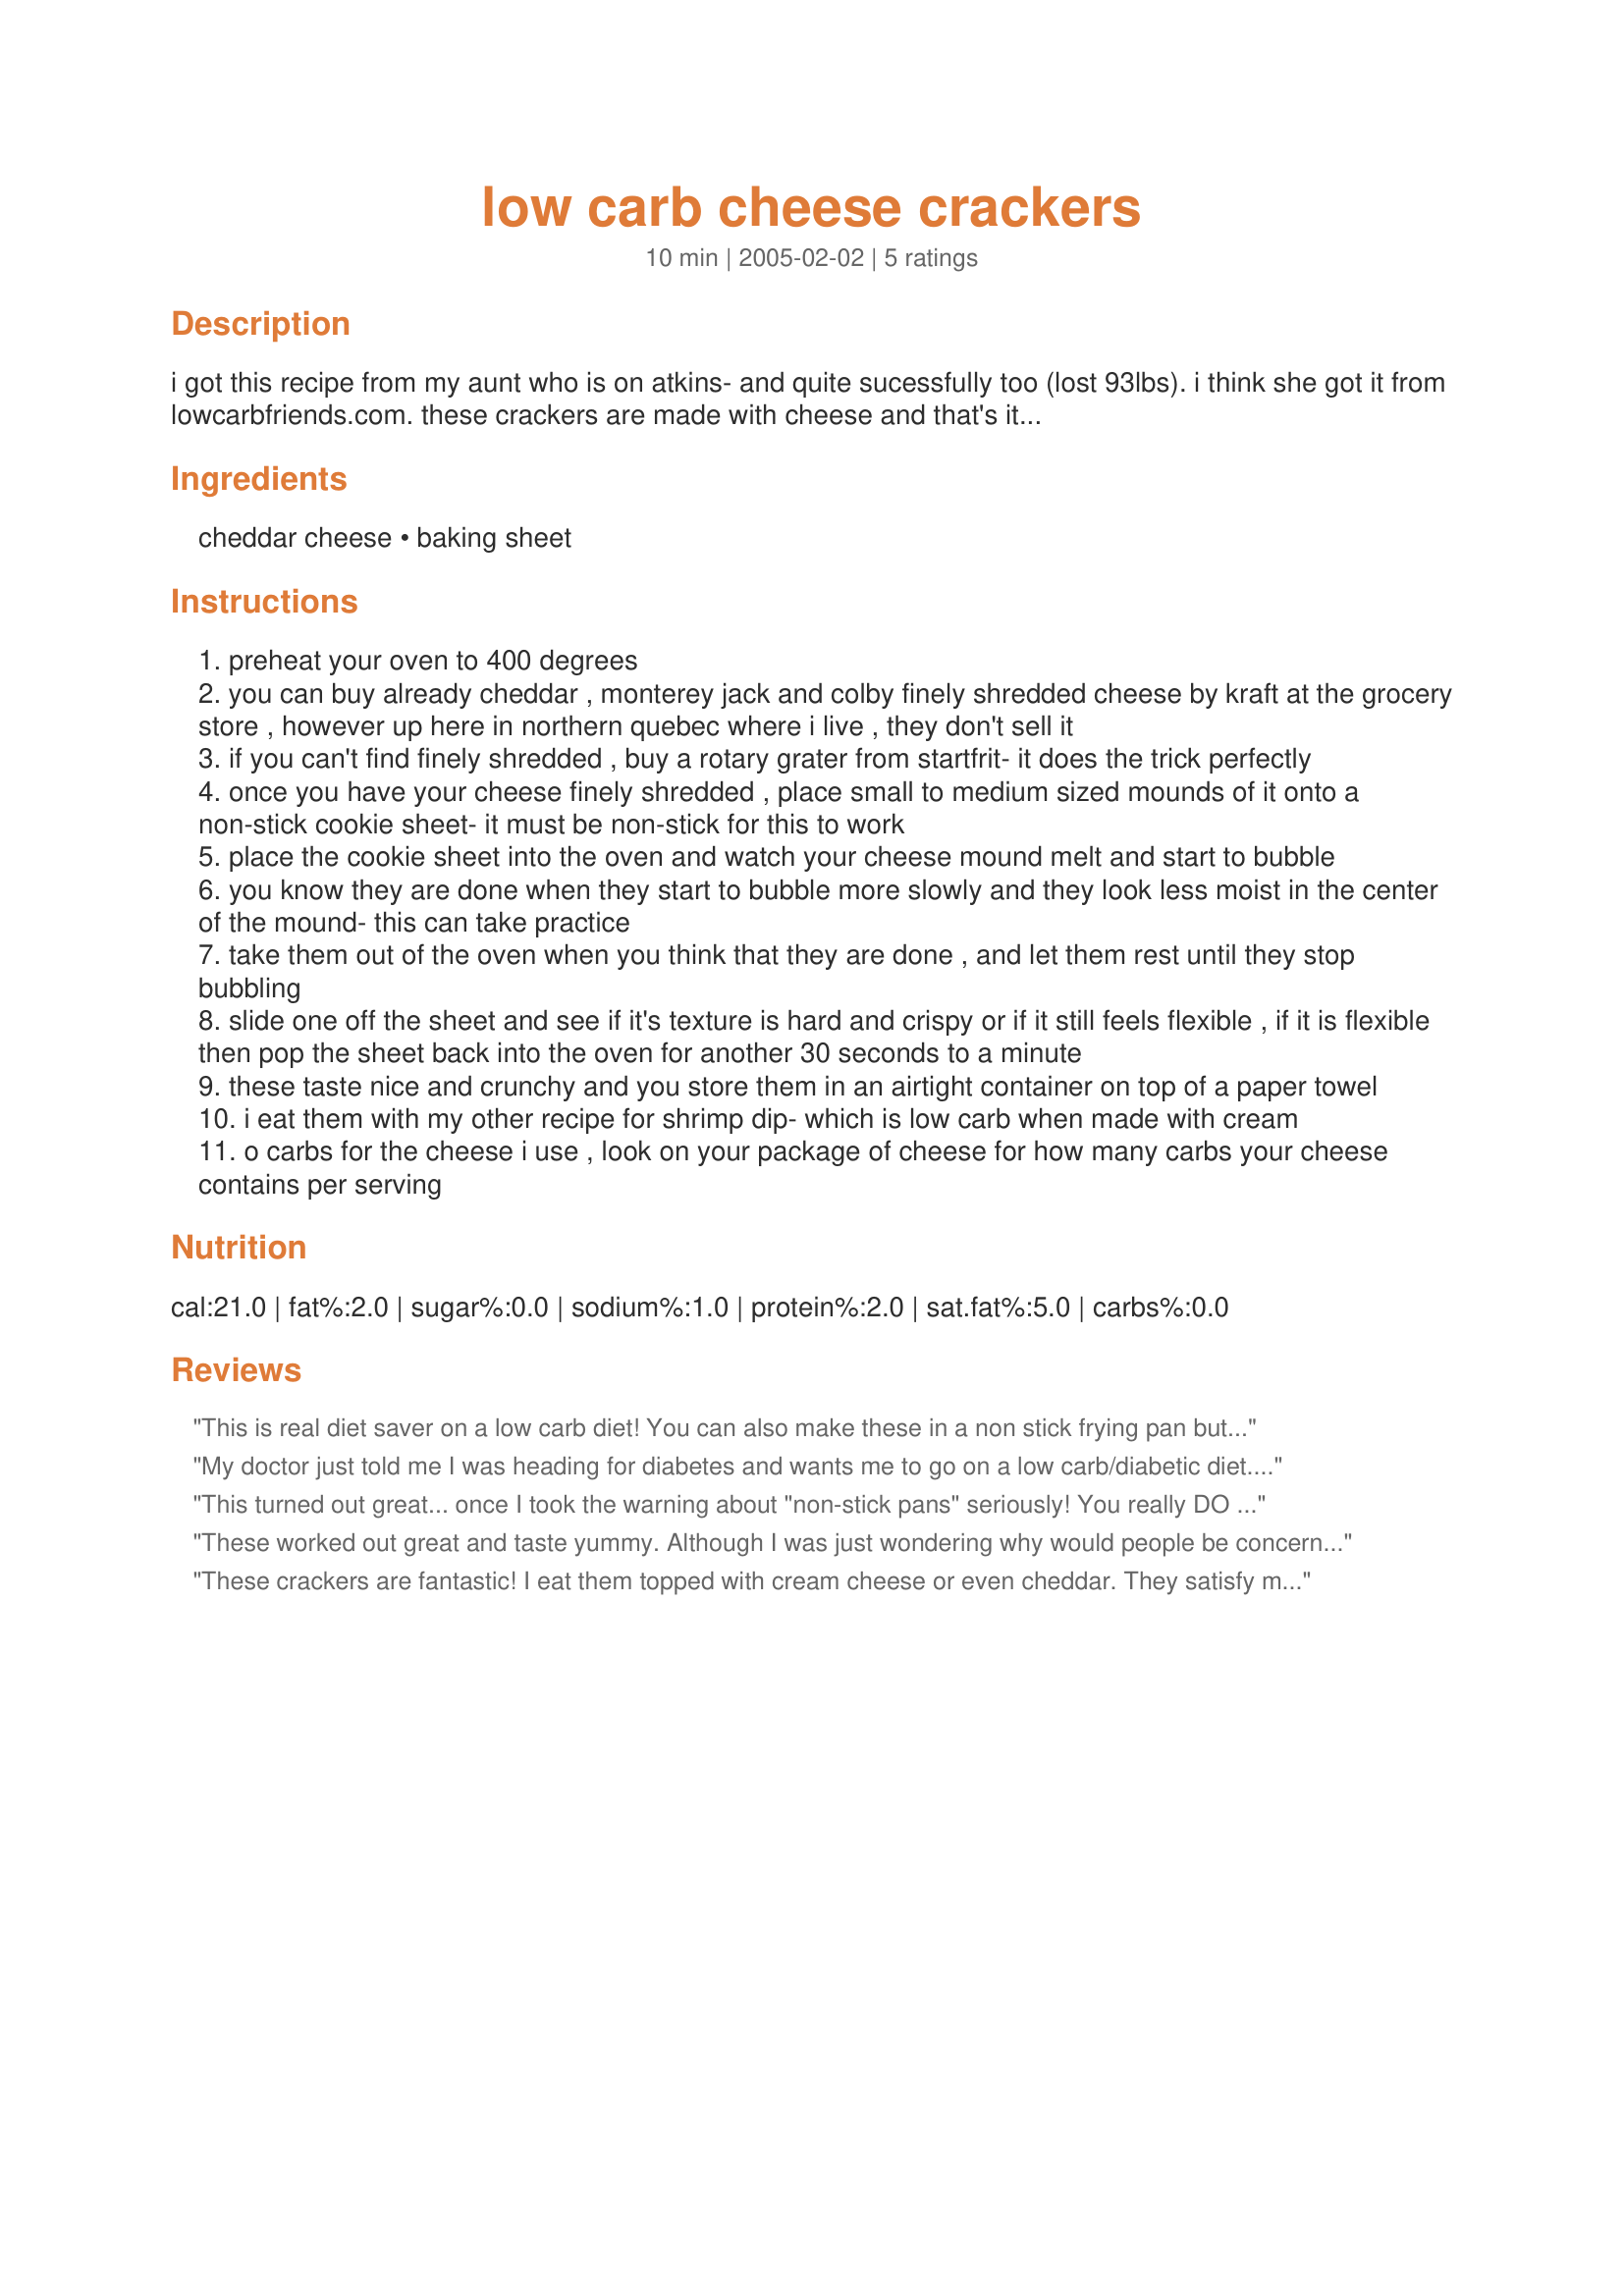
low carb cheese crackers
Preparation time: 10 minutes

i got this recipe from my aunt who is on atkins- and quite sucessfully too (lost 93lbs). i think she got it from lowcarbfriends.com. these crackers are made with cheese and that's it...

Ingredients:
cheddar cheese, baking sheet

Steps:
preheat your oven to 400 degrees
you can buy already cheddar , monterey jack and colby finely shredded cheese by kraft at the grocery store , however up here in northern quebec where i live , they don't sell it
if you can't find finely shredded , buy a rotary grater from startfrit- it does the trick perfectly
once you have your cheese finely shredded , place small to medium sized mounds of it onto a non-stick cookie sheet- it must be non-stick for this to work
place the cookie sheet into the oven and watch your cheese mound melt and start to bubble
you know they are done when they start to bubble more slowly and they look less moist in the center of the mound- this can take practice
take them out of the oven when you think that they are done , and let them rest until they stop bubbling
slide one off the sheet and see if it's texture is hard and crispy or if it still feels flexible , if it is flexible then pop the sheet back into the oven for another 30 seconds to a minute
these taste nice and crunchy and you store them in an airtight container on top of a paper towel
i eat them with my other recipe for shrimp dip- which is low carb when made with cream
o carbs for the cheese i use , look on your package of cheese for how many carbs your cheese contains per serving

Reviews:
This is real diet saver on a low carb diet! You can also make these in a non stick frying pan but watch carefully to flip them! My favorite thing to do with these is make a tostado size round and put low carb taco fillings on top! Yum! Tytyty for the great idea!
My doctor just told me I was heading for diabetes and wants me to go on a low carb/diabetic diet. Only my 2nd day in and I am struggling with snack ideas until this came along. YUM!! I added just a little Olive Muffalata on top, which is also low in carbs, calories &amp; fat. Thank you SO much...this is a keeper and you gave perfect instructions on how to make these!
This turned out great... once I took the warning about "non-stick pans" seriously! You really DO need to use a good non-stick surface, (for those of you who may own baking stones, mine worked great for this I found!) but once you have that under control this recipe is a quick and easy way to please your low-carb dieters. For others who may not want to oven watch, I found I was safe to set my timer for about 7 min. and check them then. Thanks for sharing!
These worked out great and taste yummy. Although I was just wondering why would people be concerned about the carb level in these 'crackers' instead of the high fat content!? I think eating a normal cracker would be healthier...
These crackers are fantastic! I eat them topped with cream cheese or even cheddar. They satisfy my craving for a bagel. I plan to try making them with a mild cheese and adding cinnamon and splenda. I will let you know how they turn out.
People who follow a low carb diet know, Jani04, that eating carb-filled foods like regular crackers releases insulin into the bloodstream which, in turn, makes your body store fat instead or burning it. When you limit your carbohydrate intake your body does not produce much insulin and your body will burn the fat you eat and then the fat stored in your body's cells. Therefore you need not limit your fat intake if you are limiting your carbohydrate intake. And contrary to popular belief, low carb diets actually lower your cholesterol and triglyiceride levels. It really does work!
